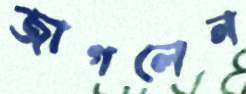
জাগলেন